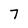
Character: 7